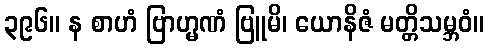
၃၉၆။ န စာဟံ ဗြာဟ္မဏံ ဗြူမိ၊ ယောနိဇံ မတ္တိသမ္ဘဝံ။